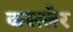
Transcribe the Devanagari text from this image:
कस्त्लेर